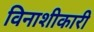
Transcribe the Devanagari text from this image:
विनाशीकारी